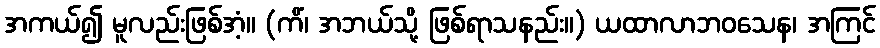
အကယ်၍ မူလည်းဖြစ်အံ့။ (ကိံ၊ အဘယ်သို့ ဖြစ်ရာသနည်း။) ယထာလာဘဝသေန၊ အကြင်